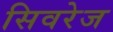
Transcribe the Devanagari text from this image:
सिवरेज